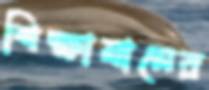
শিক্ষামানের